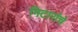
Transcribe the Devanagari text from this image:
गिटारांचे